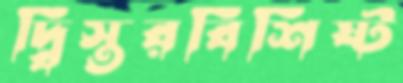
দ্বিস্তরবিশিষ্ট